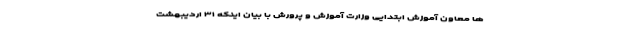
ها معاون آموزش ابتدایی وزارت آموزش و پرورش با بیان اینکه ۳۱ اردیبهشت